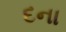
દના